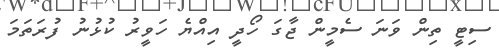
ސިޓީ ތިން ވަނަ ސެމީން ޖާގަ ހޯދީ އިއްޔެ ހަވީރު ކުޅުނު ފުރަތަމަ